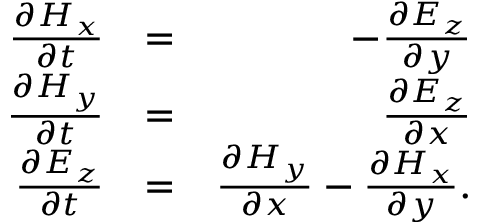
\begin{array} { r l r } { \frac { \partial H _ { x } } { \partial t } } & { = } & { - \frac { \partial E _ { z } } { \partial y } } \\ { \frac { \partial H _ { y } } { \partial t } } & { = } & { \frac { \partial E _ { z } } { \partial x } } \\ { \frac { \partial E _ { z } } { \partial t } } & { = } & { \frac { \partial H _ { y } } { \partial x } - \frac { \partial H _ { x } } { \partial y } . } \end{array}